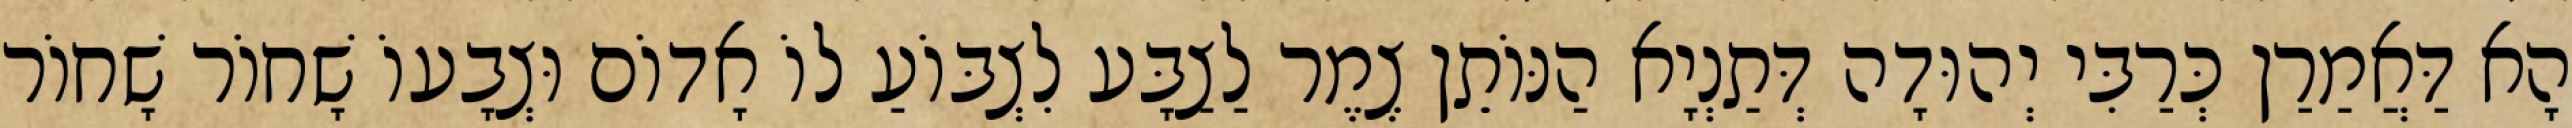
הָא דַּאֲמַרַן כְּרַבִּי יְהוּדָה דְּתַנְיָא הַנּוֹתֵן צֶמֶר לַצַבָּע לִצְבּוֹעַ לוֹ אָדוֹם וּצְבָעוֹ שָׁחוֹר שָׁחוֹר